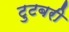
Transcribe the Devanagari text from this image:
टुटबरी